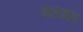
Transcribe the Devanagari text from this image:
बालगाव